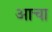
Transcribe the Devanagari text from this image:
आचा